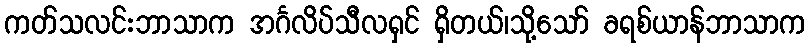
ကတ်သလင်းဘာသာက အင်္ဂလိပ်သီလရှင် ရှိတယ်၊သို့သော် ခရစ်ယာန်ဘာသာက